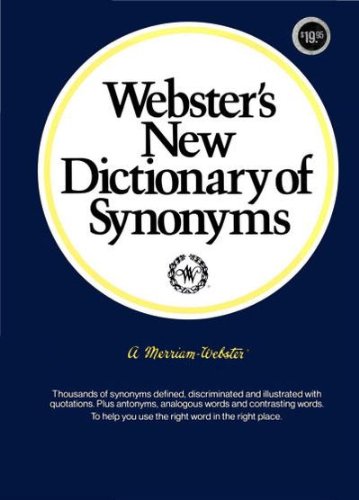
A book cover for Webster's New Dictionary of Synonyms; Webster's; Reference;